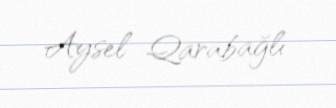
Aysel Qarabağlı